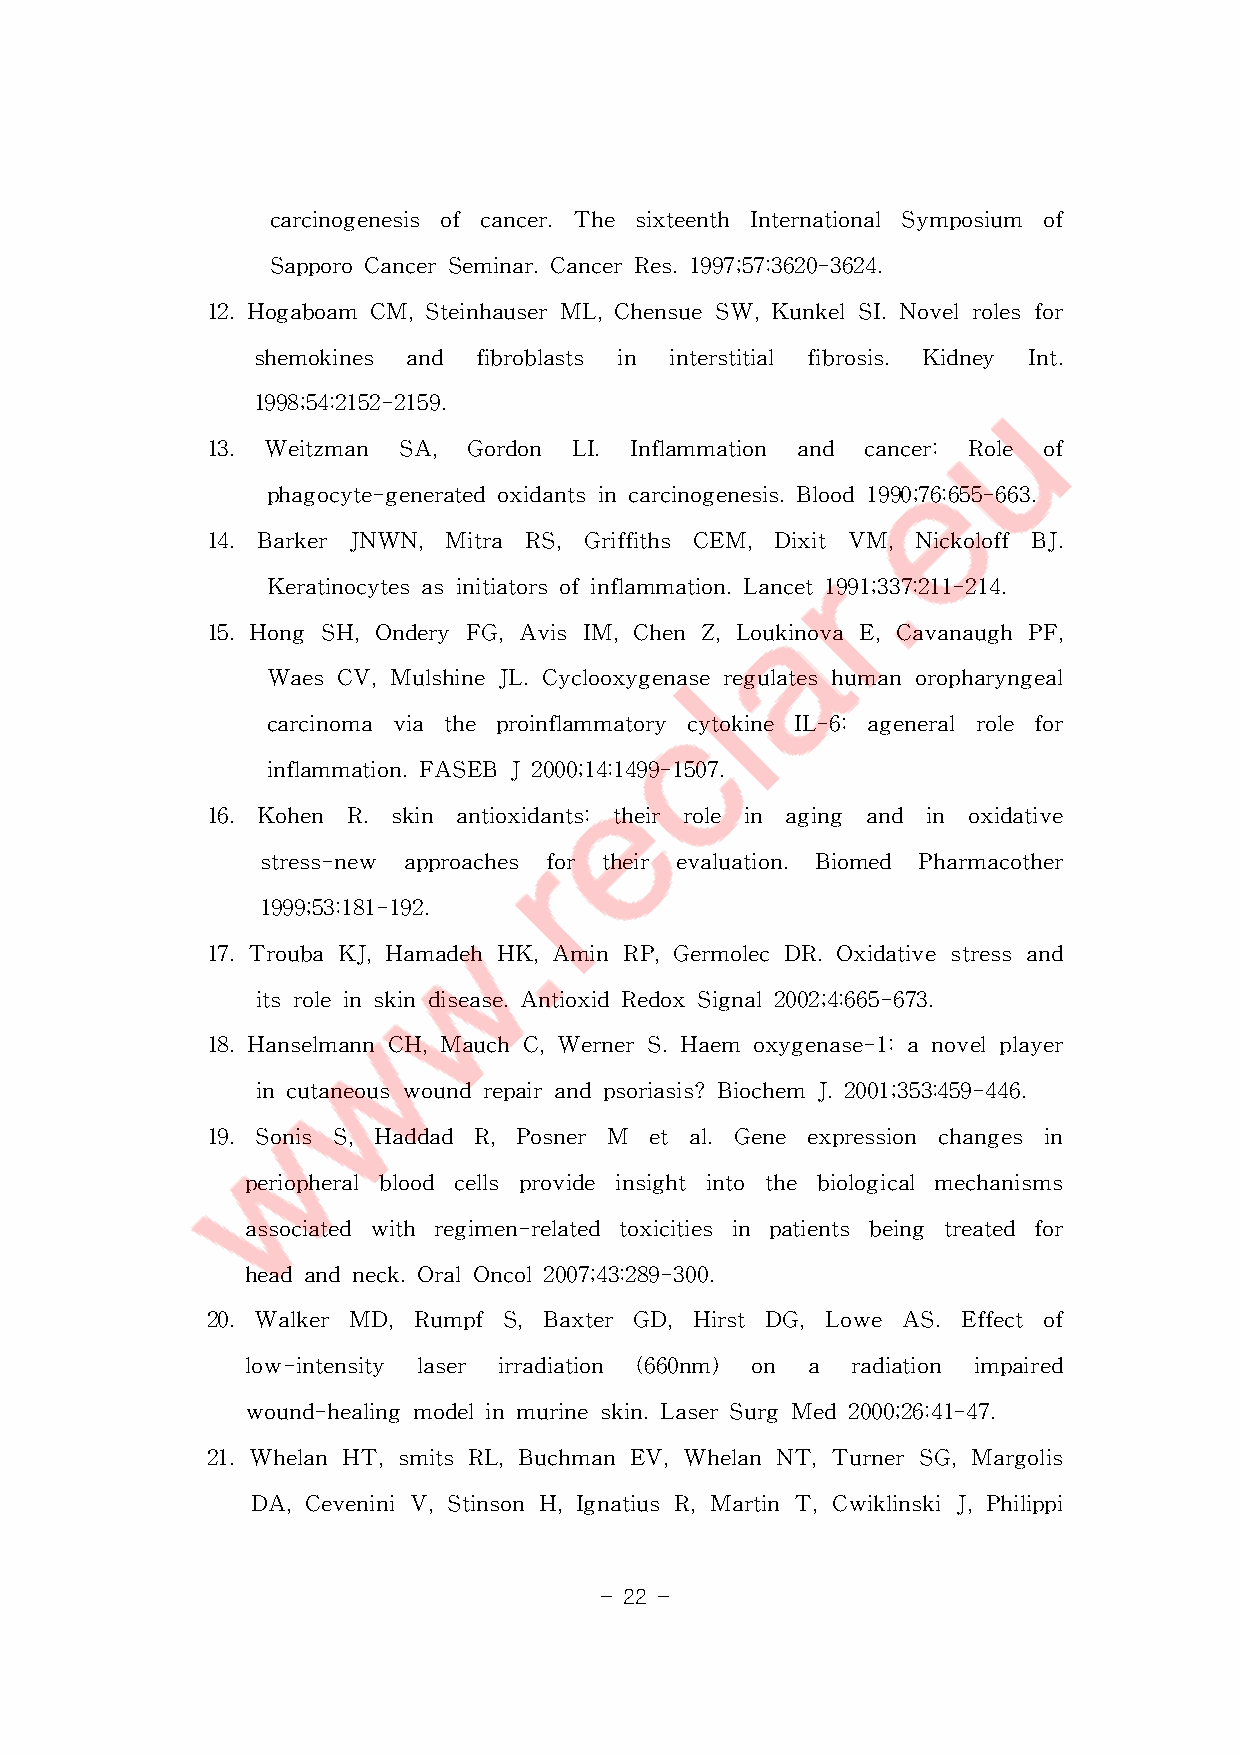
carcinogenesis ofcancer.The sixteenth InternationalSymposium of
 SapporoCancerSeminar.CancerRes.1997;57:3620-3624.
 12.Hogaboam CM,SteinhauserML,ChensueSW,KunkelSI.Novelrolesfor
 shemokines and fibroblasts in interstitial fibrosis. Kidney Int.
 1998;54:2152-2159.
 13. Weitzman SA,  Gordon LI. Inflammation and cancer: Role of
 phagocyte-generatedoxidantsincarcinogenesis.Blood1990;76:655-663.
 14.Barker JNWN,Mitra  RS,Griffiths CEM,Dixit VM,Nickoloff BJ.
 Keratinocytesasinitiatorsofinflammation.Lancet1991;337:211-214.
 15.Hong SH,OnderyFG,AvisIM,ChenZ,LoukinovaE,CavanaughPF,
 WaesCV,MulshineJL.Cyclooxygenaseregulateshumanoropharyngeal
 carcinoma via the proinflammatory cytokine IL-6:ageneralrole for
 inflammation.FASEBJ2000;14:1499-1507.
 16.Kohen  R.skin antioxidants: their role in aging and in oxidative
 stress-new approaches for their evaluation. Biomed Pharmacother
 1999;53:181-192.
 17.TroubaKJ,HamadehHK,AminRP,GermolecDR.Oxidativestressand
 itsroleinskindisease.AntioxidRedoxSignal2002;4:665-673.
 18.HanselmannCH,MauchC,WernerS.Haem  oxygenase-1:anovelplayer
 incutaneouswoundrepairandpsoriasis?Biochem J.2001;353:459-446.
 19.Sonis S,Haddad R,Posner M  et al.Gene expression changes in
 periopheralblood cells provide insightinto the biologicalmechanisms
 associated with regimen-related toxicities in patients being treated for
 headandneck.OralOncol2007;43:289-300.
 20.Walker MD,RumpfS,Baxter   GD,HirstDG,Lowe   AS.Effectof
 low-intensity laser irradiation (660nm) on a radiation impaired
 wound-healingmodelinmurineskin.LaserSurgMed2000;26:41-47.
 21.WhelanHT,smitsRL,BuchmanEV,WhelanNT,TurnerSG,Margolis
 DA,CeveniniV,StinsonH,IgnatiusR,MartinT,CwiklinskiJ,Philippi
 - 22 -